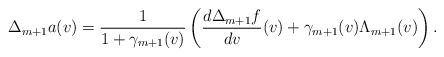
\begin{align*} \Delta_{m+1}a(v)=\frac{1}{1+\gamma_{m+1}(v)}\left(\frac{d\Delta_{m+1}f}{dv}(v)+\gamma_{m+1}(v)\Lambda_{m+1}(v)\right).\end{align*}